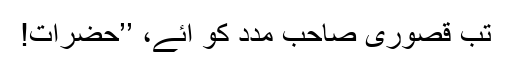
تب قصوری صاحب مدد کو آئے، ’’حضرات!